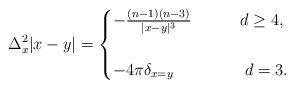
LaTeX: \begin{align*}\Delta^2_x|x-y|=\begin{cases}-\frac{(n-1)(n-3)}{|x-y|^3} \ \ \ \ \ \ \ \ \ d\geq4,\\\\-4\pi\delta_{x=y} \ \ \ \, \, \, \, \, \, \, \, \, \, \, \, \, \, \ \ \ d=3.\end{cases}\end{align*}